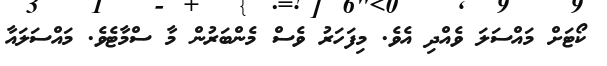
ކޯޓަށް މައްސަލަ ވެއްދި އެވެ. މިފަހަރު ވެސް މެންބަރުން މާ ސްމާޓެވެ. މައްސަލައާ